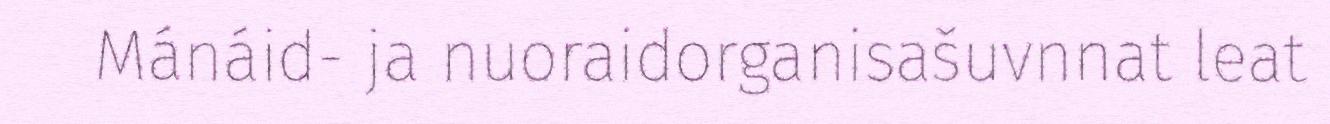
Mánáid- ja nuoraidorganisašuvnnat leat